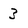
Character: 3